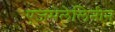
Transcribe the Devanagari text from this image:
एजमेलेलिनीन